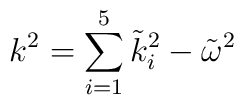
k^{2}=\sum _{i=1}^{5}\tilde{k}^{2}_{i}-\tilde{\omega }^{2}